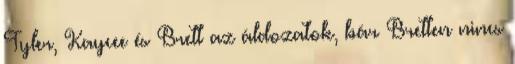
Tyler, Kaycee és Brett az áldozatok, bár Bretten nincs